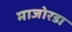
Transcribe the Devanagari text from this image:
माजोरडा